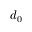
d _ { 0 }